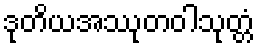
ဒုတိယအဿုတဝါသုတ္တံ